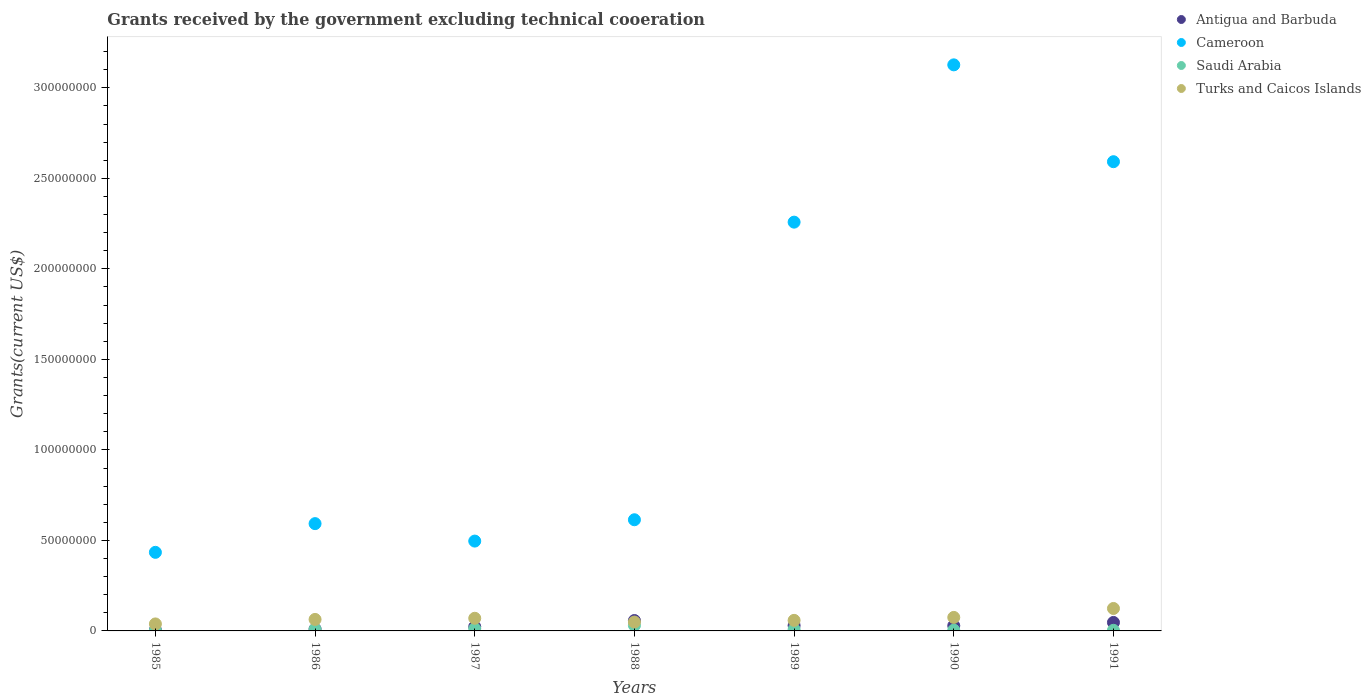
| Years | Antigua and Barbuda | Cameroon | Saudi Arabia | Turks and Caicos Islands |
 | --- | --- | --- | --- | --- |
 | 1985 | 5e+05 | 4.34e+07 | 2.4e+05 | 3.86e+06 |
 | 1986 | 1.07e+06 | 5.93e+07 | 9.3e+05 | 6.35e+06 |
 | 1987 | 2.35e+06 | 4.96e+07 | 1.21e+06 | 6.99e+06 |
 | 1988 | 5.74e+06 | 6.14e+07 | 3.03e+06 | 4.9e+06 |
 | 1989 | 2.97e+06 | 2.26e+08 | 7.9e+05 | 5.83e+06 |
 | 1990 | 2.88e+06 | 3.13e+08 | 4.3e+05 | 7.46e+06 |
 | 1991 | 4.69e+06 | 2.59e+08 | 3.4e+05 | 1.24e+07 |